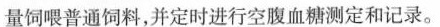
量饲喂普通饲料，并定时进行空腹血糖测定和记录。